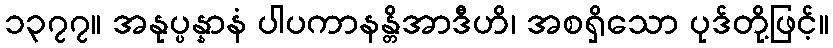
၁၃၇၇။ အနုပ္ပန္နာနံ ပါပကာနန္တိအာဒီဟိ၊ အစရှိသော ပုဒ်တို့ဖြင့်။